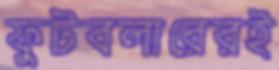
ফুটবলারেরই